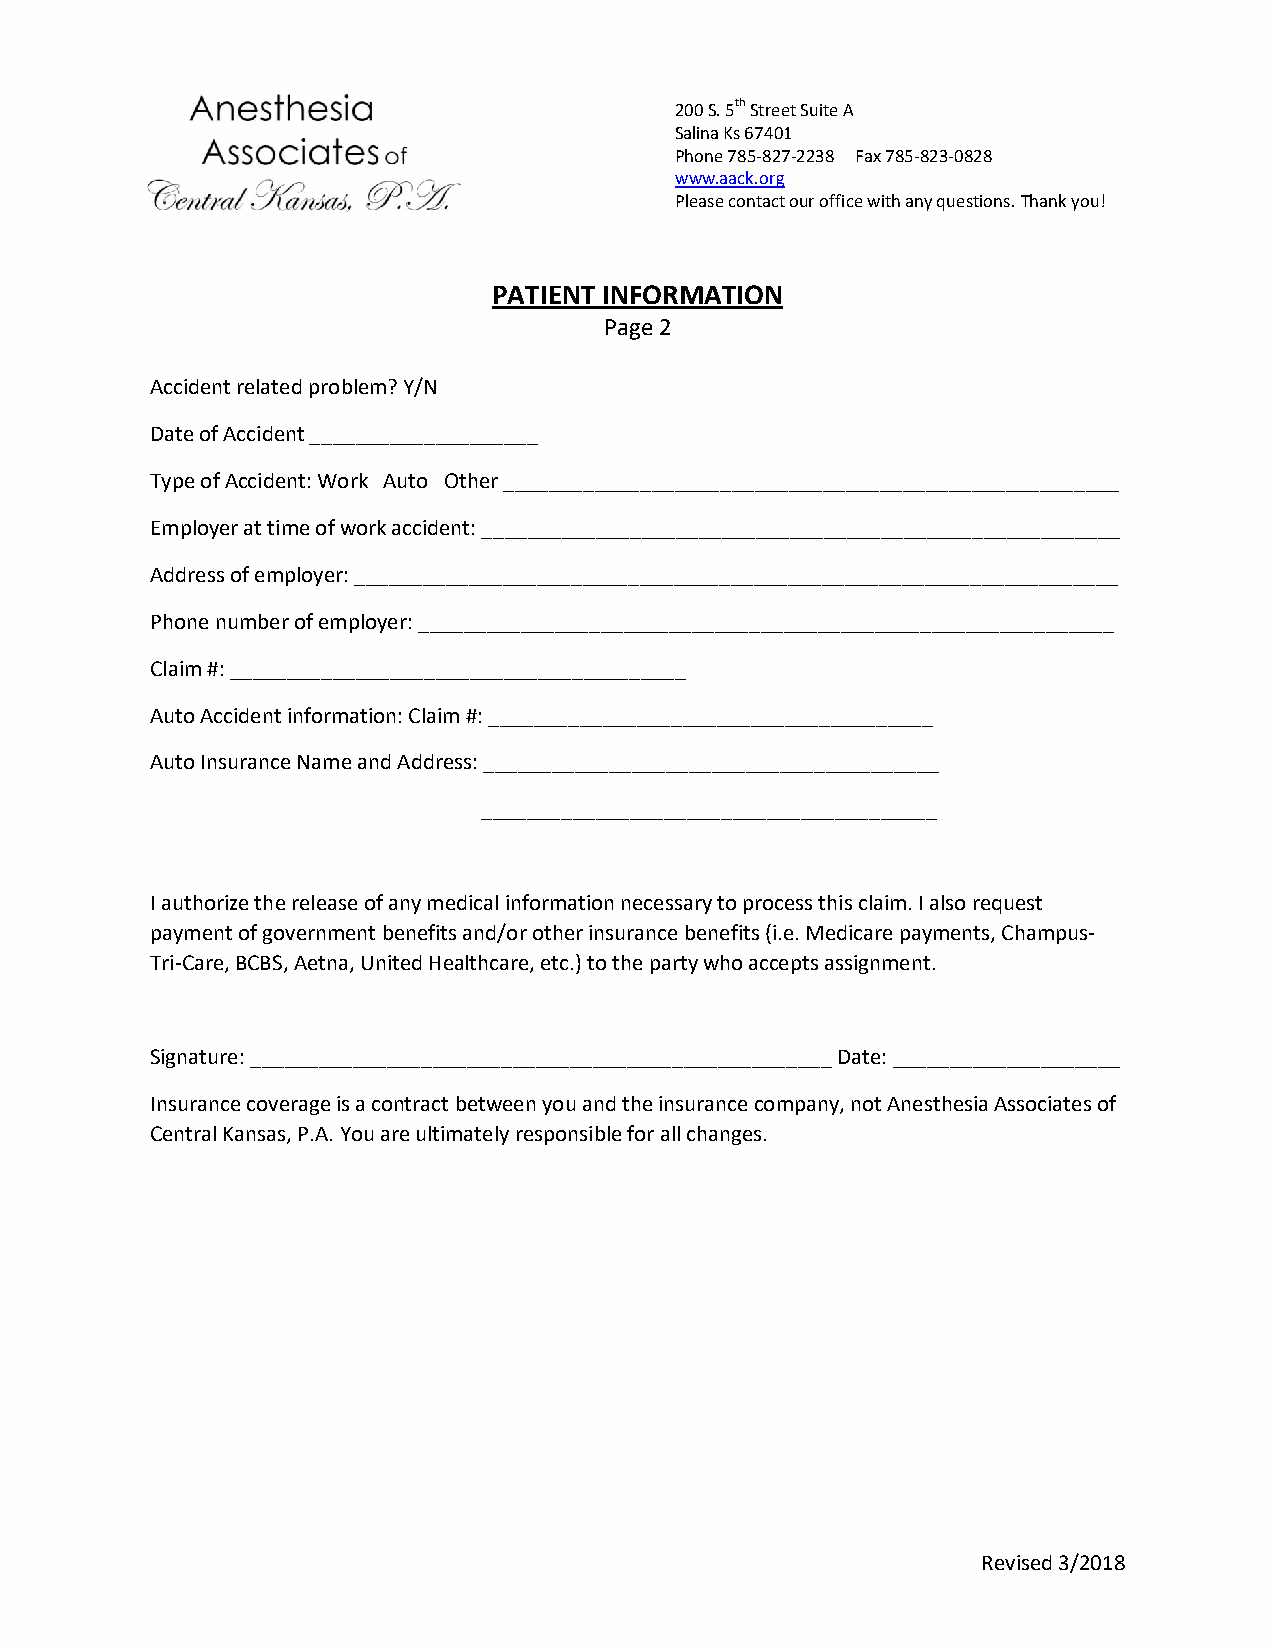
200 S. 5th Street Suite A
 Salina Ks 67401
 Phone 785-827-2238 Fax 785-823-0828
 www.aack.org
 Please contact our office with any questions. Thank you!
 PATIENT INFORMATION
 Page 2
 Accident related problem? Y/N
 Date of Accident ____________________
 Type of Accident: Work Auto Other ______________________________________________________
 Employer at time of work accident: ________________________________________________________
 Address of employer: ___________________________________________________________________
 Phone number of employer: _____________________________________________________________
 Claim #: ________________________________________
 Auto Accident information: Claim #: _______________________________________
 Auto Insurance Name and Address: ________________________________________
 ________________________________________
 I authorize the release of any medical information necessary to process this claim. I also request
 payment of government benefits and/or other insurance benefits (i.e. Medicare payments, Champus-
 Tri-Care, BCBS, Aetna, United Healthcare, etc.) to the party who accepts assignment.
 Signature: ___________________________________________________ Date: ____________________
 Insurance coverage is a contract between you and the insurance company, not Anesthesia Associates of
 Central Kansas, P.A. You are ultimately responsible for all changes.
 Revised 3/2018